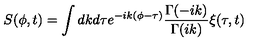
S ( \phi , t ) = \int d k d \tau e ^ { - i k ( \phi - \tau ) } { \frac { \Gamma ( - i k ) } { \Gamma ( i k ) } } \xi ( \tau , t )